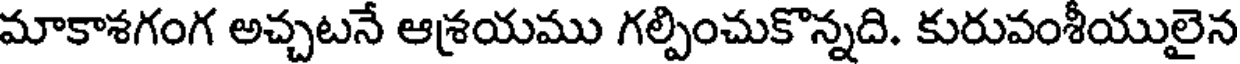
మాకాశగంగ అచ్చటనే ఆశయము గల్పించుకొన్నది. కురువంశీయులైన